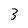
Character: 3